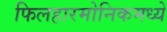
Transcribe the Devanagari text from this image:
फिलहारमोनिकमध्ये